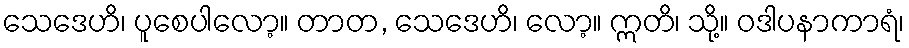
သေဒေဟိ၊ ပူစေပါလော့။ တာတ, သေဒေဟိ၊ လော့။ ဣတိ၊ သို့။ ဝဒါပနာကာရံ၊